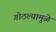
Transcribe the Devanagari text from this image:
गोठल्यामुळे